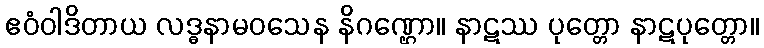
ဧဝံဝါဒိတာယ လဒ္ဓနာမဝသေန နိဂဏ္ဌော။ နာဋဿ ပုတ္တော နာဋပုတ္တော။